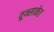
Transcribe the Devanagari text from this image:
वून्साकेत